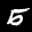
Label: 5